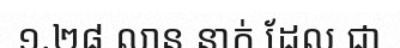
១.២៨ លាន នាក់ ដែល ជា